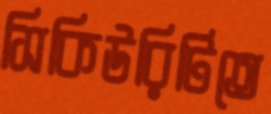
সিকিউরিটিতে